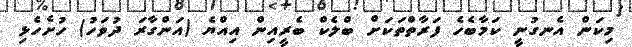
މިކަން އެނގުނީ ކަމާބެހެ ފަރާތްތަކަށް ބްލެކް ބެރީއިން އިއްޔެ (އަންގާރަ ދުވަހު) ހުށެހެޅި